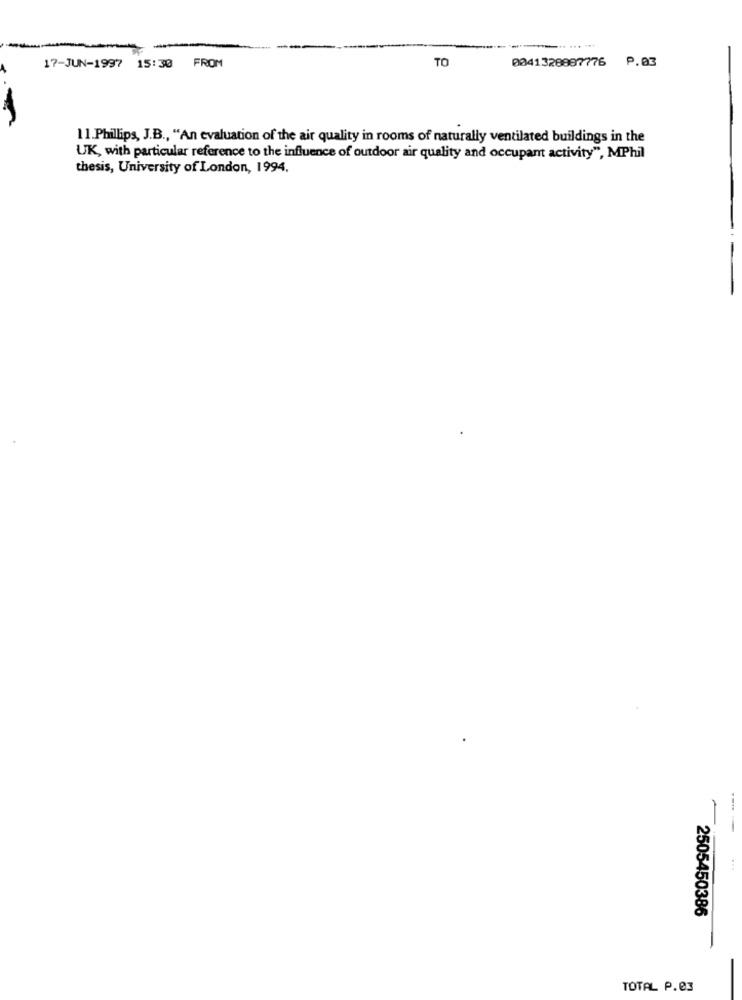
TO
0041328897776 P.03
17-JUN-1997 15:30 FROM
11.Phillips, J.B ., "An evaluation of the air quality in rooms of naturally ventilated buildings in the
UK, with particular reference to the influence of outdoor air quality and occupant activity", MPhil
thesis, University of London, 1994.
-- -
2505450386
TOTAL P.03